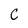
Character: C